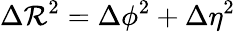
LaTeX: \Delta\mathcal{R}^{2}=\Delta\phi^{2}+\Delta\eta^{2}